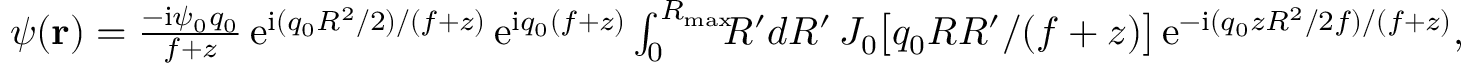
\begin{array} { r } { \psi ( { \bf r } ) = \frac { - \mathrm { i } \psi _ { 0 } q _ { 0 } } { f + z } \, \mathrm { e } ^ { \mathrm { i } ( q _ { 0 } R ^ { 2 } / 2 ) / ( f + z ) } \, \mathrm { e } ^ { \mathrm { i } q _ { 0 } ( f + z ) } \int _ { 0 } ^ { R _ { \mathrm { m a x } } } \! \! \! R ^ { \prime } d R ^ { \prime } \, J _ { 0 } \big [ q _ { 0 } R R ^ { \prime } / ( f + z ) \big ] \, \mathrm { e } ^ { - \mathrm { i } ( q _ { 0 } z R ^ { 2 } / 2 f ) / ( f + z ) } , } \end{array}